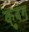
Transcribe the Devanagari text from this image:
कुबंग